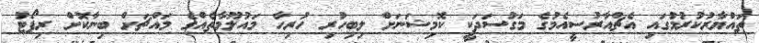
ތައްޔާރުކުރުމުގައި އެޗްއާރުސީއެމުގެ މަގުސަދަކީ ކޮމިޝަނަށް ލިބިހުރި ހުރިހާ މައުލޫމާތެއްގެ މައްޗަށް ބިނާކޮށް ރިޕޯޓު